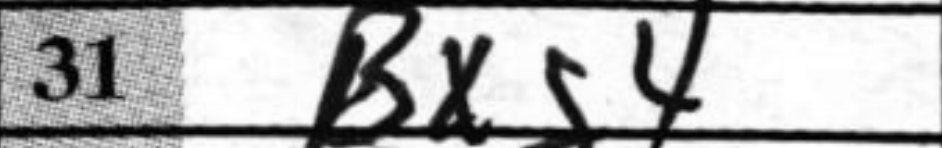
Transcription: Bxg4